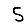
Digit: 5